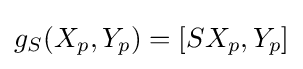
g_{S}(X_{p},Y_{p})=[SX_{p},Y_{p}]